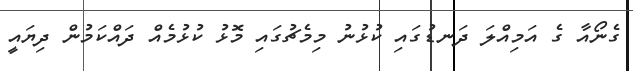
ގެނޯއާ ގެ އަމިއްލަ ދަނޑުގައި ކުޅުނު މިމެޗުގައި މޮޅު ކުޅުމެއް ދައްކަމުން ދިޔައީ